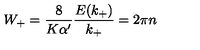
W _ { + } = \frac { 8 } { K \alpha ^ { \prime } } \frac { E ( k _ { + } ) } { k _ { + } } = 2 \pi n